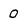
Character: O